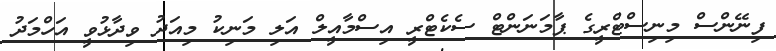
ފިނޭންސް މިނިސްޓްރީގެ ޕާމަނަންޓް ސެކެޓްރީ އިސްމާއީލް އަލި މަނިކު މިއަދު ވިދާޅުވީ އަހްމަދު